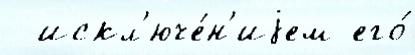
  искл'юче́н'иjем его́